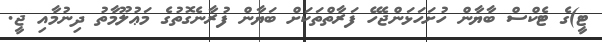
ޓީ)ގެ ޓެކްސް ބާޔާން ހުށަހަޅަންޖެހޭ ފަރާތްތަކަށް ބަޔާން ފުރާނެގޮތުގެ މަޢުލޫމާތު ދިނުމާއި ޖީ.